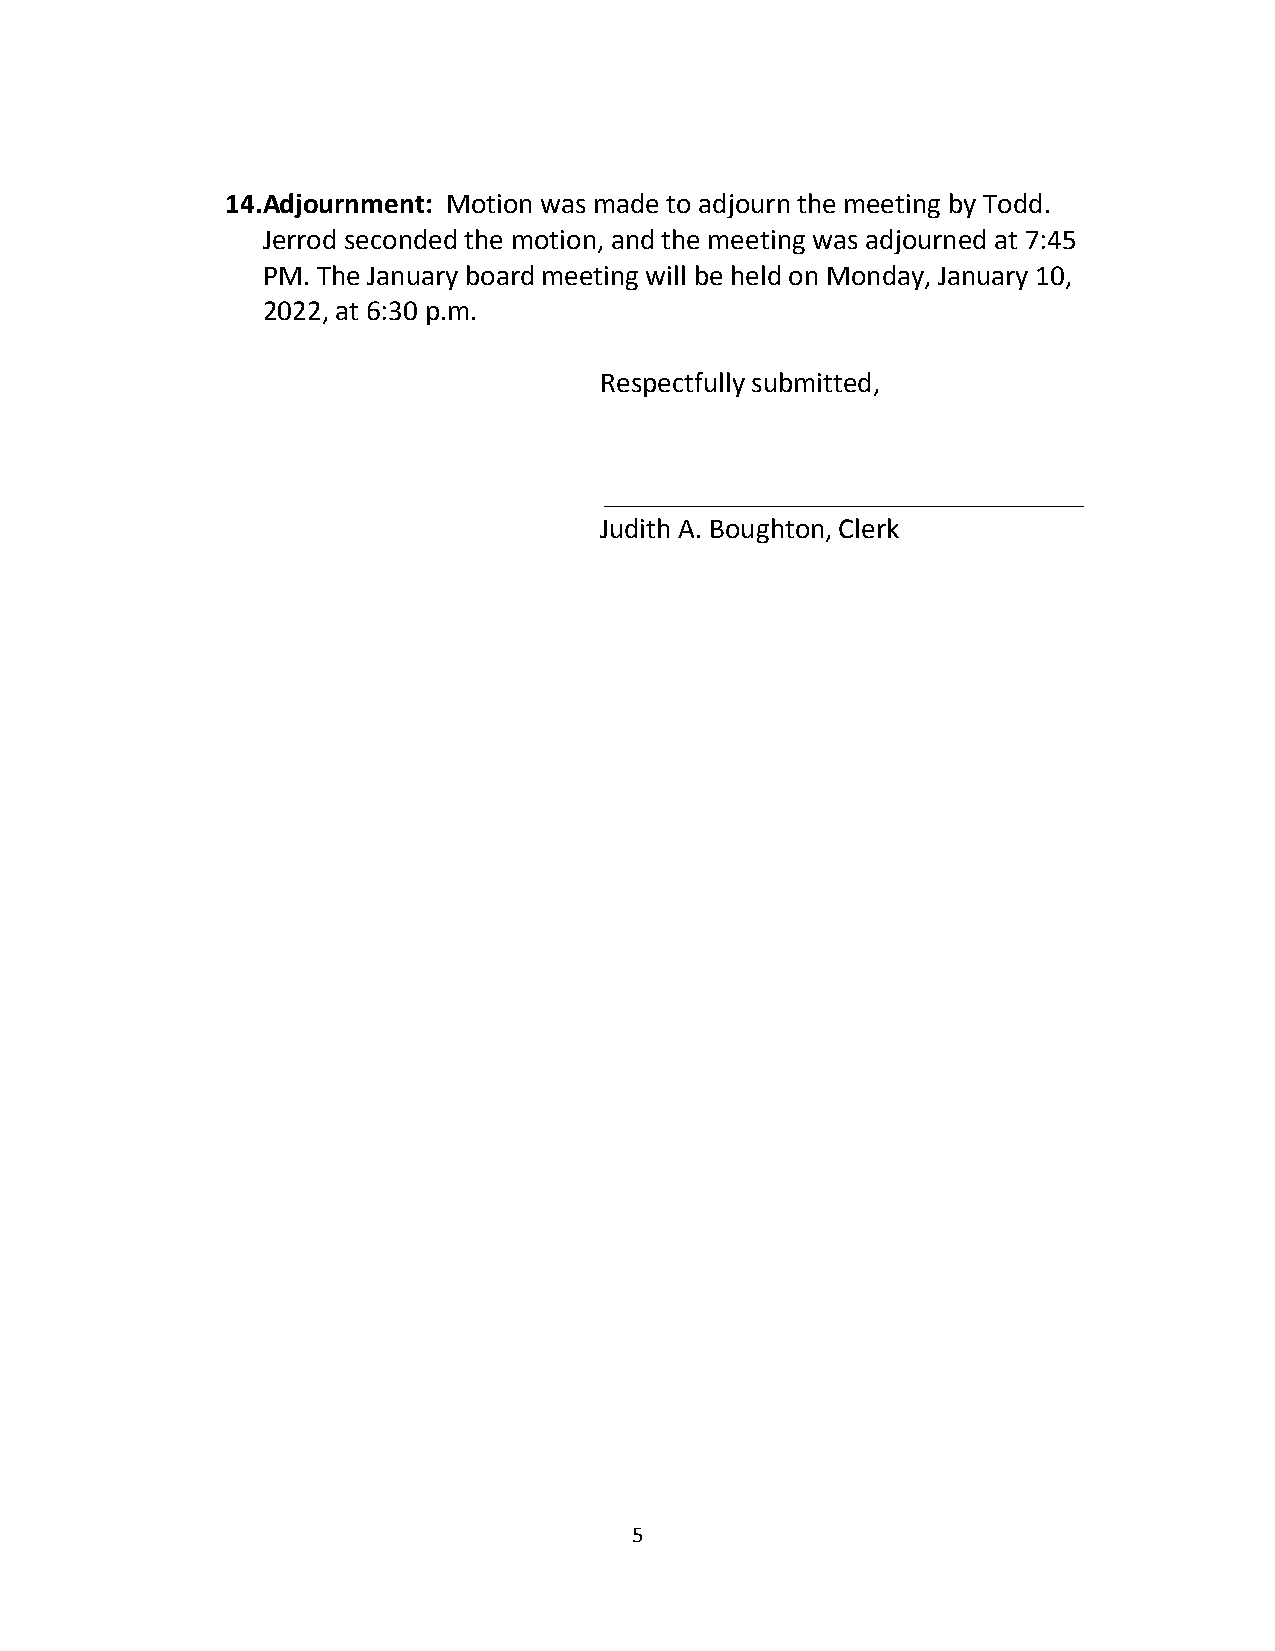
14. Adjournment: Motion was made to adjourn the meeting by Todd.
 Jerrod seconded the motion, and the meeting was adjourned at 7:45
 PM. The January board meeting will be held on Monday, January 10,
 2022, at 6:30 p.m.
 Respectfully submitted,
 _________________________________
 Judith A. Boughton, Clerk
 5